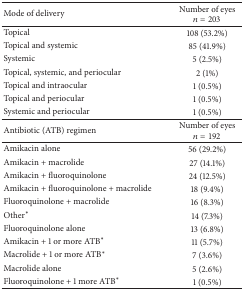
<table><thead><tr><td><b>Mode of delivery</b></td><td><b>Number of eyes <i>n</i> = 203</b></td></tr></thead><tbody><tr><td>Topical</td><td>108 (53.2%)</td></tr><tr><td>Topical and systemic</td><td>85 (41.9%)</td></tr><tr><td>Systemic</td><td>5 (2.5%)</td></tr><tr><td>Topical, systemic, and periocular</td><td>2 (1%)</td></tr><tr><td>Topical and intraocular</td><td>1 (0.5%)</td></tr><tr><td>Topical and periocular</td><td>1 (0.5%)</td></tr><tr><td>Systemic and periocular</td><td>1 (0.5%)</td></tr><tr><td>Antibiotic (ATB) regimen</td><td>Number of eyes <i>n</i> = 192</td></tr><tr><td>Amikacin alone</td><td>56 (29.2%)</td></tr><tr><td>Amikacin + macrolide</td><td>27 (14.1%)</td></tr><tr><td>Amikacin + fluoroquinolone</td><td>24 (12.5%)</td></tr><tr><td>Amikacin + fluoroquinolone + macrolide</td><td>18 (9.4%)</td></tr><tr><td>Fluoroquinolone + macrolide</td><td>16 (8.3%)</td></tr><tr><td>Other<sup>*</sup></td><td>14 (7.3%)</td></tr><tr><td>Fluoroquinolone alone</td><td>13 (6.8%)</td></tr><tr><td>Amikacin + 1 or more ATB<sup>*</sup></td><td>11 (5.7%)</td></tr><tr><td>Macrolide + 1 or more ATB<sup>*</sup></td><td>7 (3.6%)</td></tr><tr><td>Macrolide alone</td><td>5 (2.6%)</td></tr><tr><td>Fluoroquinolone + 1 more ATB<sup>*</sup></td><td>1 (0.5%)</td></tr></tbody></table>